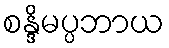
စန္ဒိမပ္ပဘာယ